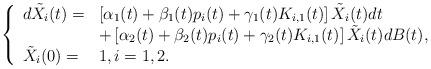
LaTeX: \begin{align*}\left\{\begin{array}[c]{ll}d\tilde{X}_{i}(t)= & \left[ \alpha_{1}(t)+\beta_{1}(t)p_{i}(t)+\gamma_{1}(t)K_{i,1}(t)\right] \tilde{X}_{i}(t)dt\\& +\left[ \alpha_{2}(t)+\beta_{2}(t)p_{i}(t)+\gamma_{2}(t)K_{i,1}(t)\right]\tilde{X}_{i}(t)dB(t),\\\tilde{X}_{i}(0)= & 1,i=1,2.\end{array}\right.\end{align*}